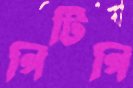
পিটিপি